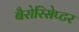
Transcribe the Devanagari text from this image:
बैरोरिसेप्टर